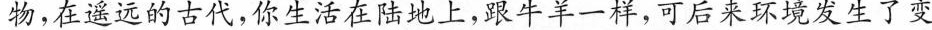
物，在遥远的古代，你生活在陆地上，跟牛羊一样，可后来环境发生了变